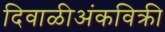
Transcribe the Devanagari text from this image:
दिवाळीअंकविक्री